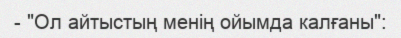
- "Ол айтыстың менің ойымда калғаны":